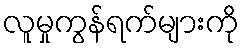
လူမှုကွန်ရက်များကို